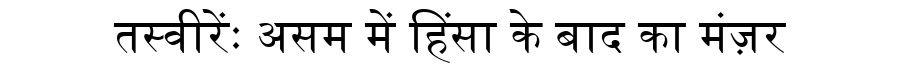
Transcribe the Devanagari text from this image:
तस्वीरेंः असम में हिंसा के बाद का मंज़र